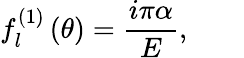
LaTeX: f_{l}^{\left(1\right)}\left(\theta\right)=\frac{i\pi\alpha}{E},\qquad